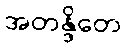
အတန္ဒိတေ